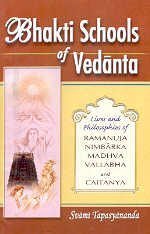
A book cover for Bhakti Schools of Vedanta ; Lives and Philosophies of Ramanuja, Nimbarka, Madhava, Vallabha and Caitanya; translated by Swami Tapasyananda; Religion & Spirituality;